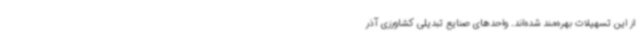
از این تسهیلات بهره‌مند شده‌اند. واحدهای صنایع تبدیلی کشاورزی آذر